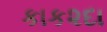
કાક૨દા